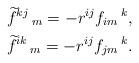
LaTeX: \begin{align*}&\widetilde{f}^{kj}\,_{m}=-r^{ij}f_{im}\,^{k},\\&\widetilde{f}^{ik}\,_{m}=-r^{ij}f_{jm}\,^{k}.\end{align*}